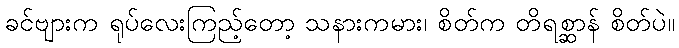
ခင်ဗျားက ရုပ်လေးကြည့်တော့ သနားကမား၊ စိတ်က တိရစ္ဆာန် စိတ်ပဲ။